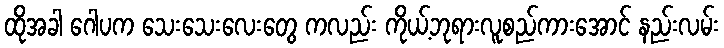
ထိုအခါ ဂေါပက သေးသေးလေးတွေ ကလည်း ကိုယ့်ဘုရားလူစည်ကားအောင် နည်းလမ်း